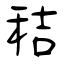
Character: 秸